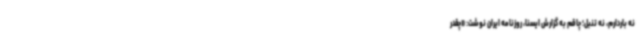
نه باردارم، نه تنبل؛ چاقم به گزارش ایسنا، روزنامه ایران نوشت: «چقدر